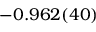
- 0 . 9 6 2 ( 4 0 )